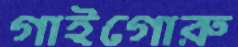
গাইগোরু